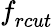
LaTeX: \textit{f}_{rcut}